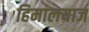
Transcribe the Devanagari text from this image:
हिमालयाज